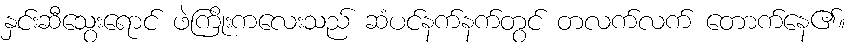
နှင်းဆီသွေးရောင် ဖဲကြိုးကလေးသည် ဆံပင်နက်နက်တွင် တလက်လက် တောက်နေ၏။